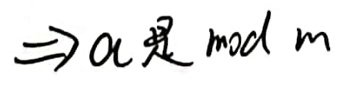
$\Rightarrow \alpha $是mod m